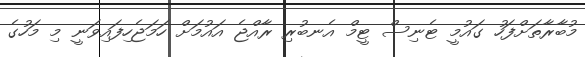
މުބާރާތަށްފަހު ގައުމީ ޓެނިސް ޓީމް އެނބުރި ރާއްޖެ އައުމަށް ހަމަޖެހިފައިވަނީ މި މަހުގެ